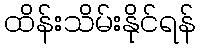
ထိန်းသိမ်းနိုင်ရန်